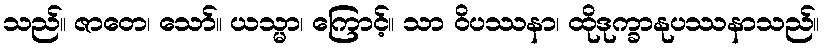
သည်။ ဇာတေ၊ သော်။ ယသ္မာ၊ ကြောင့်။ သာ ဝိပဿနာ၊ ထိုဒုက္ခာနုပဿနာသည်။